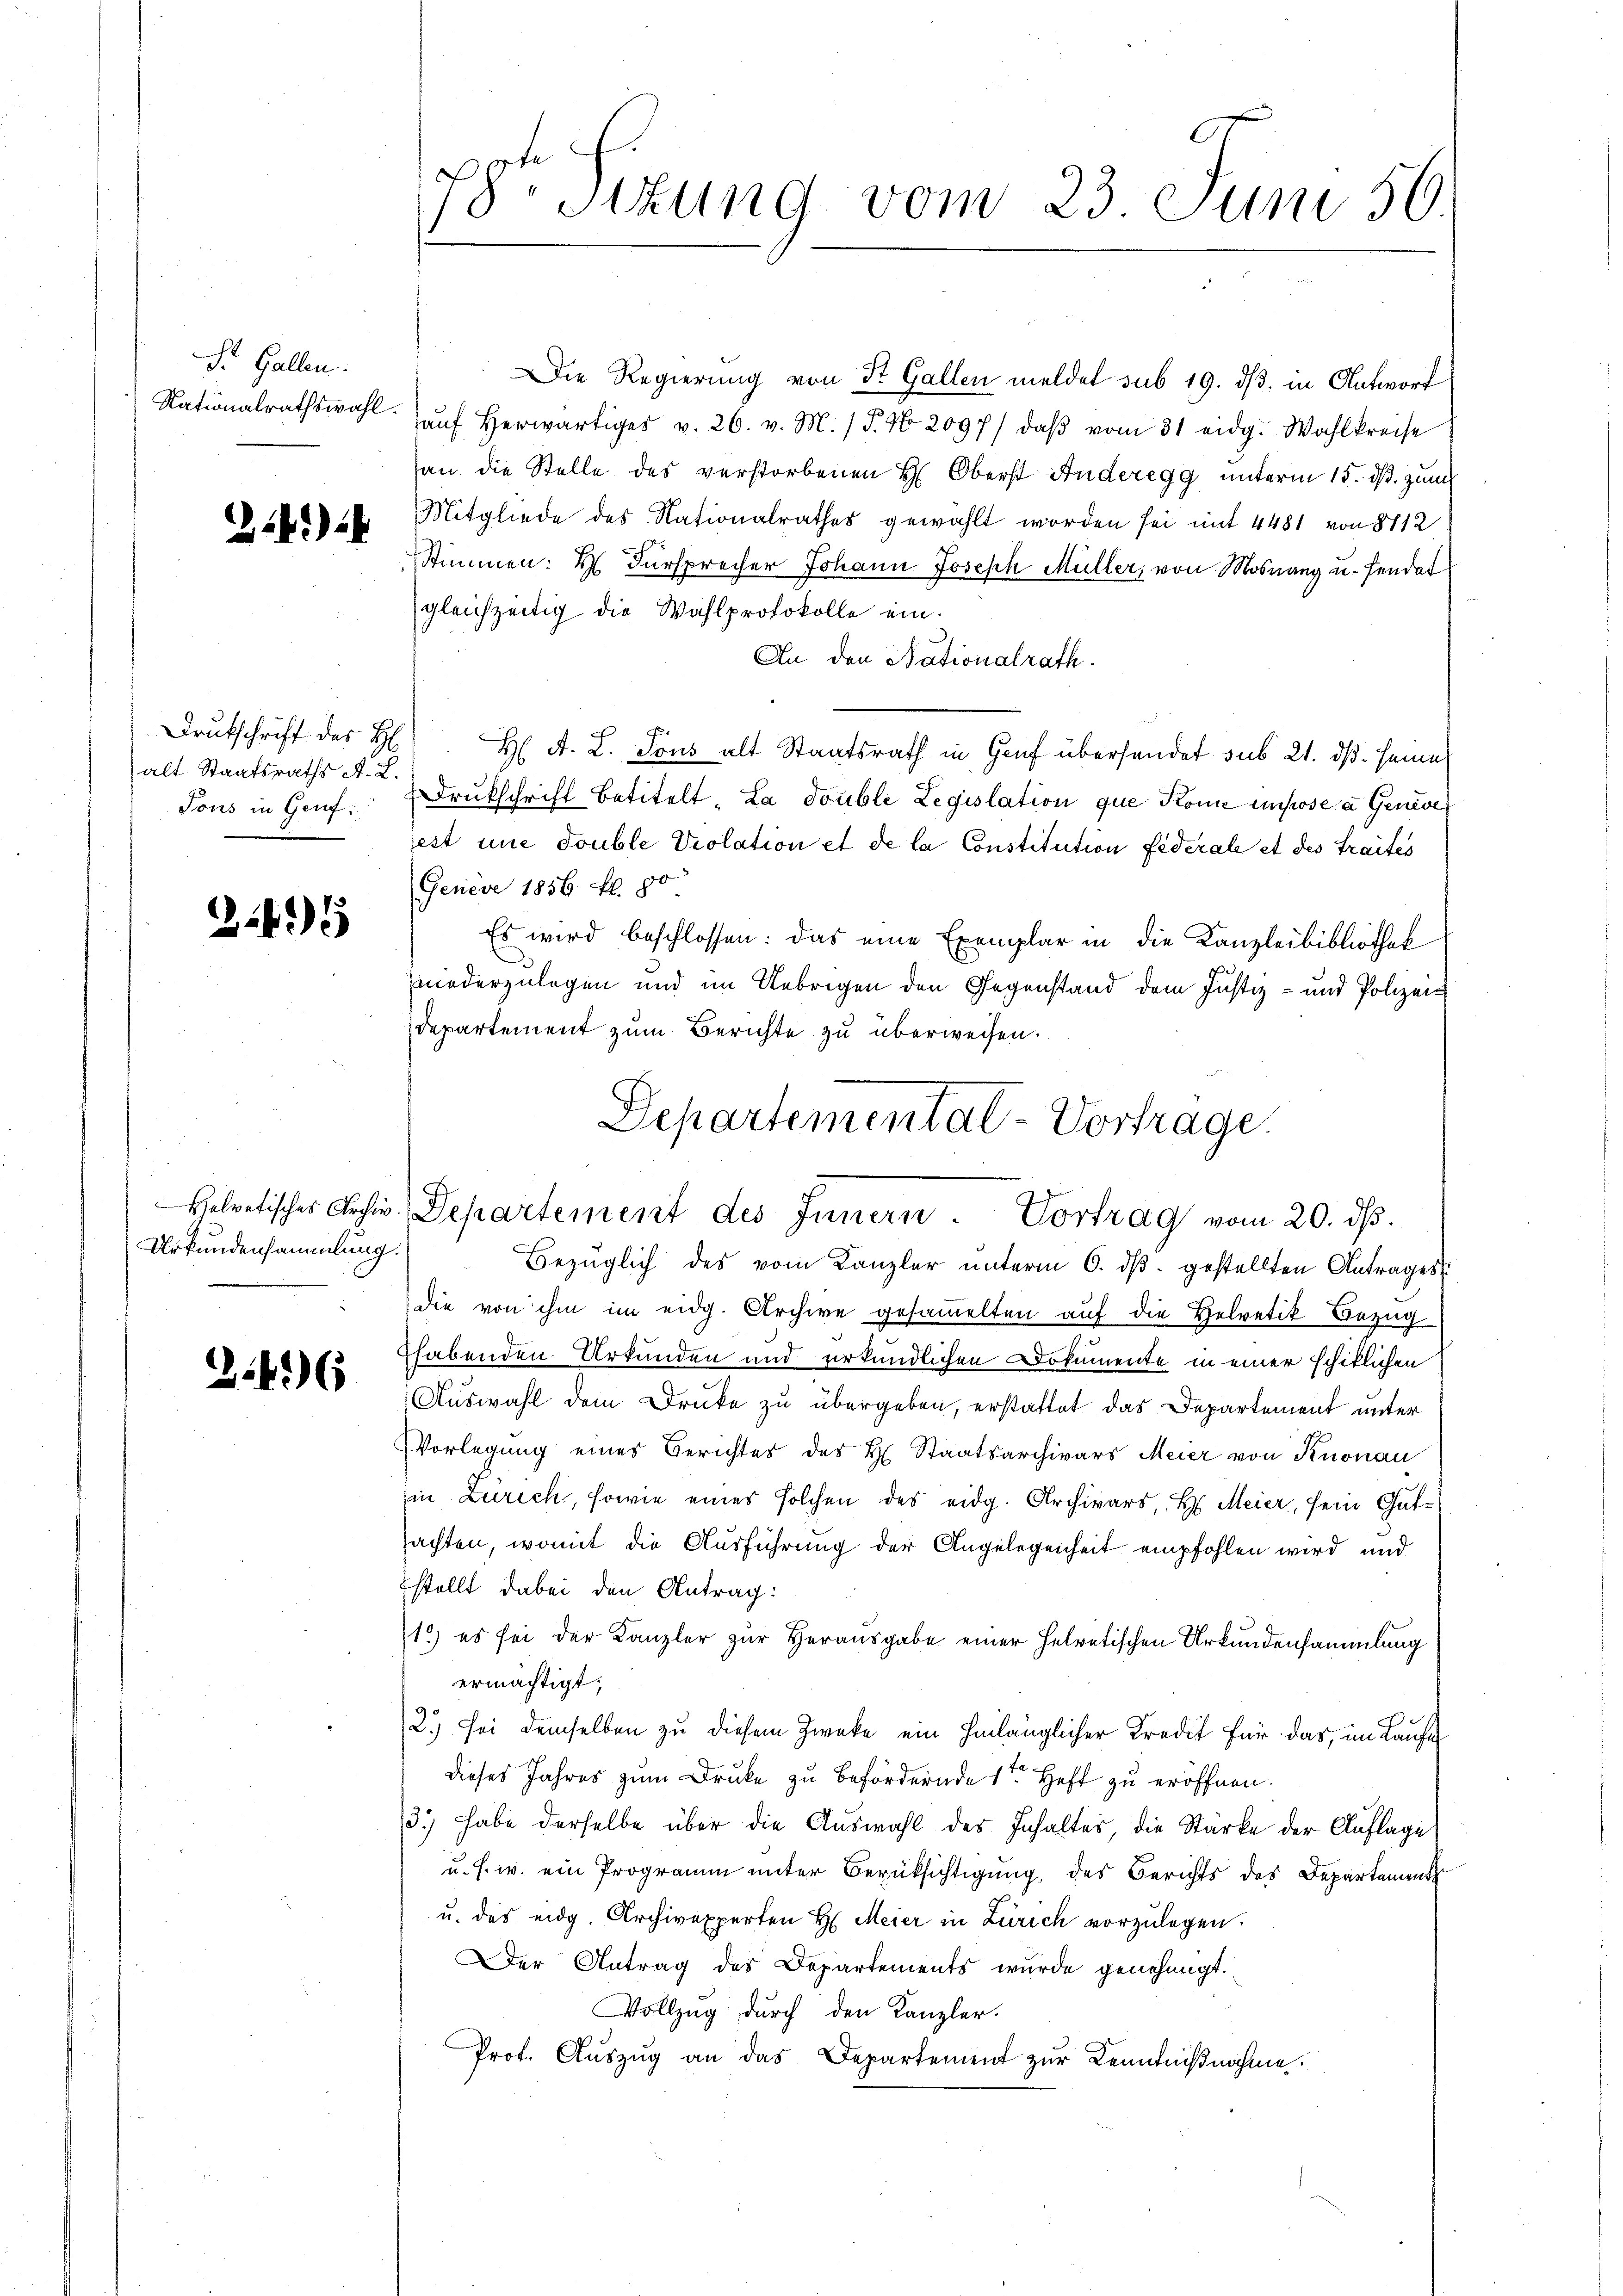
St. Gallen.
Nationalrathswahl.

24)

Drutschrift des H
alt Staatsraths A. L.
Tous in Genf

245

Urkundensammlung.

3.46

Die Regierung von St. Gallen meldet sub 19. ds. in Antworf
aŭf herwärtiges v. 26. v. M. (T. N. 2097/ daβ vom 31 eidg. Wahlkreise
an die Stelle des verstorbenen H. Oberst Anderegg unterm 15. dß. zum
Mitgliede des Nationalrathes gewählt worden sei mit 4481 von 8112
Stimmen: H. Fürsprecher Johann Joseph Müller, von Mosnang u. sendat
gleichzeitig die Wahlprotokolle ein.
An den Nationalrath.
H A. L. Tous alt Staatsrath in Gruf übersendet sub 21. ds. seine
Drukschrift betitelt. La double Legislation que Kome impose a Genere
est une double Violation et de la Constitution Federale et des Traites
Genève 1856 fl. 80
Es wird beschlossen: das eine Exemplar in die Kanzleibibliothek
niederzulegen und im Uebrigen den Gegenstand dem Justiz- und Polizei¬
Departement zum Berichte zu überweisen.
Bezüglich des vom Kanzler unterm 6. ds. gestellten Antrages
die von ihm im eidg. Archive gesammelten auf die Helvetik Bezug
habenden Urkunden und erkundlichen Dokumente in einer schiklichen
Auswahl dem Druke zu übergeben, erstattet das Departement unter
Vorlegung eines Berichtes des H. Staatsarchivars Meier von Knonau
Ein Zürich, sowie eines solchen des eidg. Archivars, H. Meier, sein Gutsachten, womit die Ausführung der Angelegenheit empfohlen wird, und
stellt dabei den Antrag:
1) es sei der Kanzler zur Herausgabe einer helvetischen Urkundensammlung
ermächtigt;
2.) Sei demselben zu diesem Zwecke ein hinlänglicher Kredit für das, im Laufe
dieses Jahres zum Druke zu befördernde 1ten Heft zu eröffnen.
13.) habe derselbe über die Auswahl des Inhaltes, die Starke der Auflage
u. s. w. ein Programm unter Berüksichtigung des Berichts des Departement
u. das eidg. Archivexperten H. Meier in Zürich vorzulegen.
er Antrag des Departements wurde genehmigt.
Vollzug durch den Kanzler.
Prof. Auszug an das Departement zur Kenntnißnahme.

78te Sizung vom 23. Juni 56

Departemental-Vortrage.
Helvetisches Jochir Departement des Innern. Vortrag vom 20. ds.